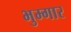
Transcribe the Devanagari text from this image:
भुम्गार